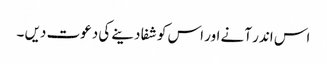
اس اندر آنے اور اس کو شفا دینے کی دعوت دیں ۔